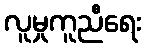
လူမှုကူညီရေး